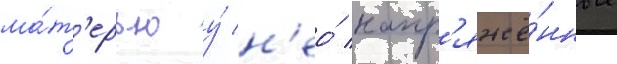
ма́т'ерью у́ н'ео́ напр'яжё́нные